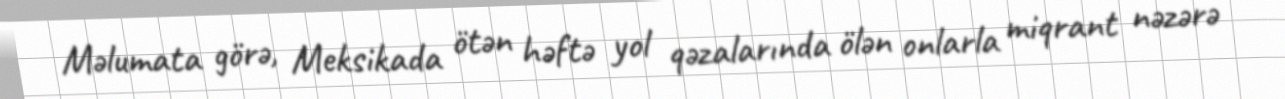
Məlumata görə, Meksikada ötən həftə yol qəzalarında ölən onlarla miqrant nəzərə